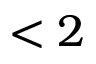
< 2